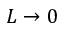
L \to 0